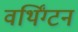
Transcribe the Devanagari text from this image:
वर्थिंग्टन